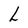
Character: L